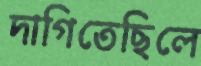
দাগিতেছিলে